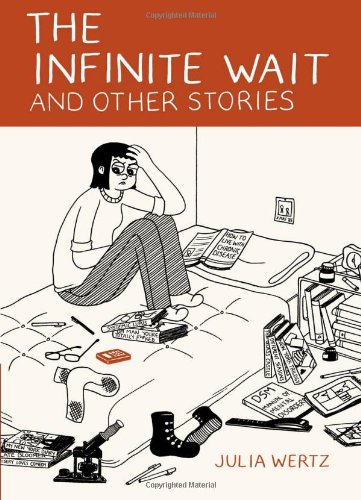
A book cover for The Infinite Wait and Other Stories; Julia Wertz; Comics & Graphic Novels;